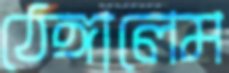
ঠেঙ্গালেম